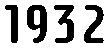
1932